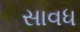
સાવધ